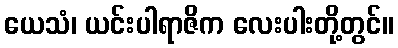
ယေသံ၊ ယင်းပါရာဇိက လေးပါးတို့တွင်။